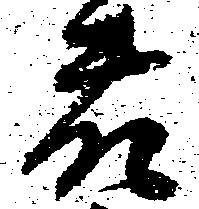
藤